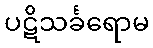
ပဋိသင်္ခရောမ